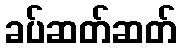
ခပ်ဆတ်ဆတ်